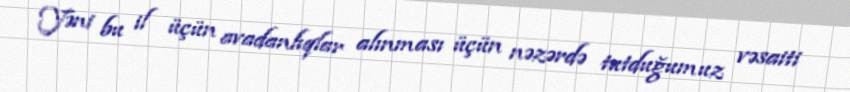
Yəni bu il üçün avadanlıqlar alınması üçün nəzərdə tutduğumuz vəsaiti